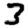
Digit: 3